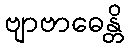
ဗျာဗာဓေန္တိ